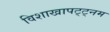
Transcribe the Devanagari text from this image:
विशाखापट्ट्नम